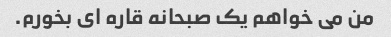
من می خواهم یک صبحانه قاره ای بخورم.